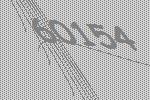
60154